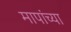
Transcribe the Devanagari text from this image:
मापांच्या